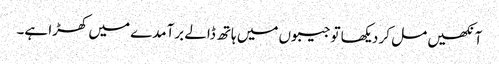
آنکھیں مل کر دیکھا تو جیبوں میں ہاتھ ڈالے برآمدے میں کھڑا ہے۔